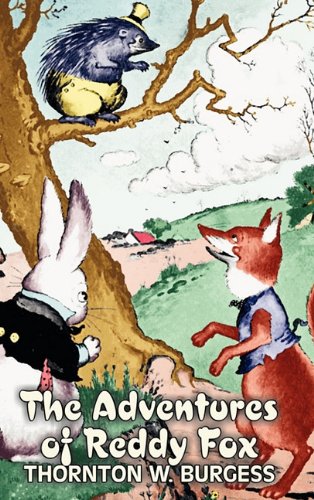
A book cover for The Adventures of Reddy Fox; Thornton W. Burgess; Children's Books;